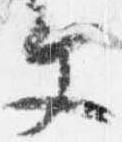
文